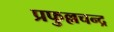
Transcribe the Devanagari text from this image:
प्रफुल्लचन्द्र